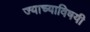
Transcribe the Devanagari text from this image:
ज्याच्याविषयी